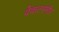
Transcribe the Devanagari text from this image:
वेंकटरमीर